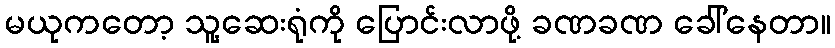
မယုကတော့ သူ့ဆေးရုံကို ပြောင်းလာဖို့ ခဏခဏ ခေါ်နေတာ။